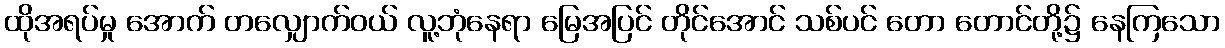
ထိုအရပ်မှု အောက် တလျှောက်ဝယ် လူ့ဘုံနေရာ မြေအပြင် တိုင်အောင် သစ်ပင် တော တောင်တို့၌ နေကြသော